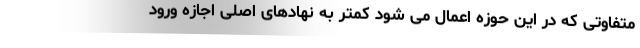
متفاوتی که در این حوزه اعمال می شود کمتر به نهادهای اصلی اجازه ورود